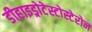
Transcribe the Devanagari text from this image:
डीहाइड्रोटेस्टोस्टेरोन